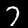
Label: 7